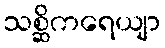
သစ္ဆိကရေယျာ